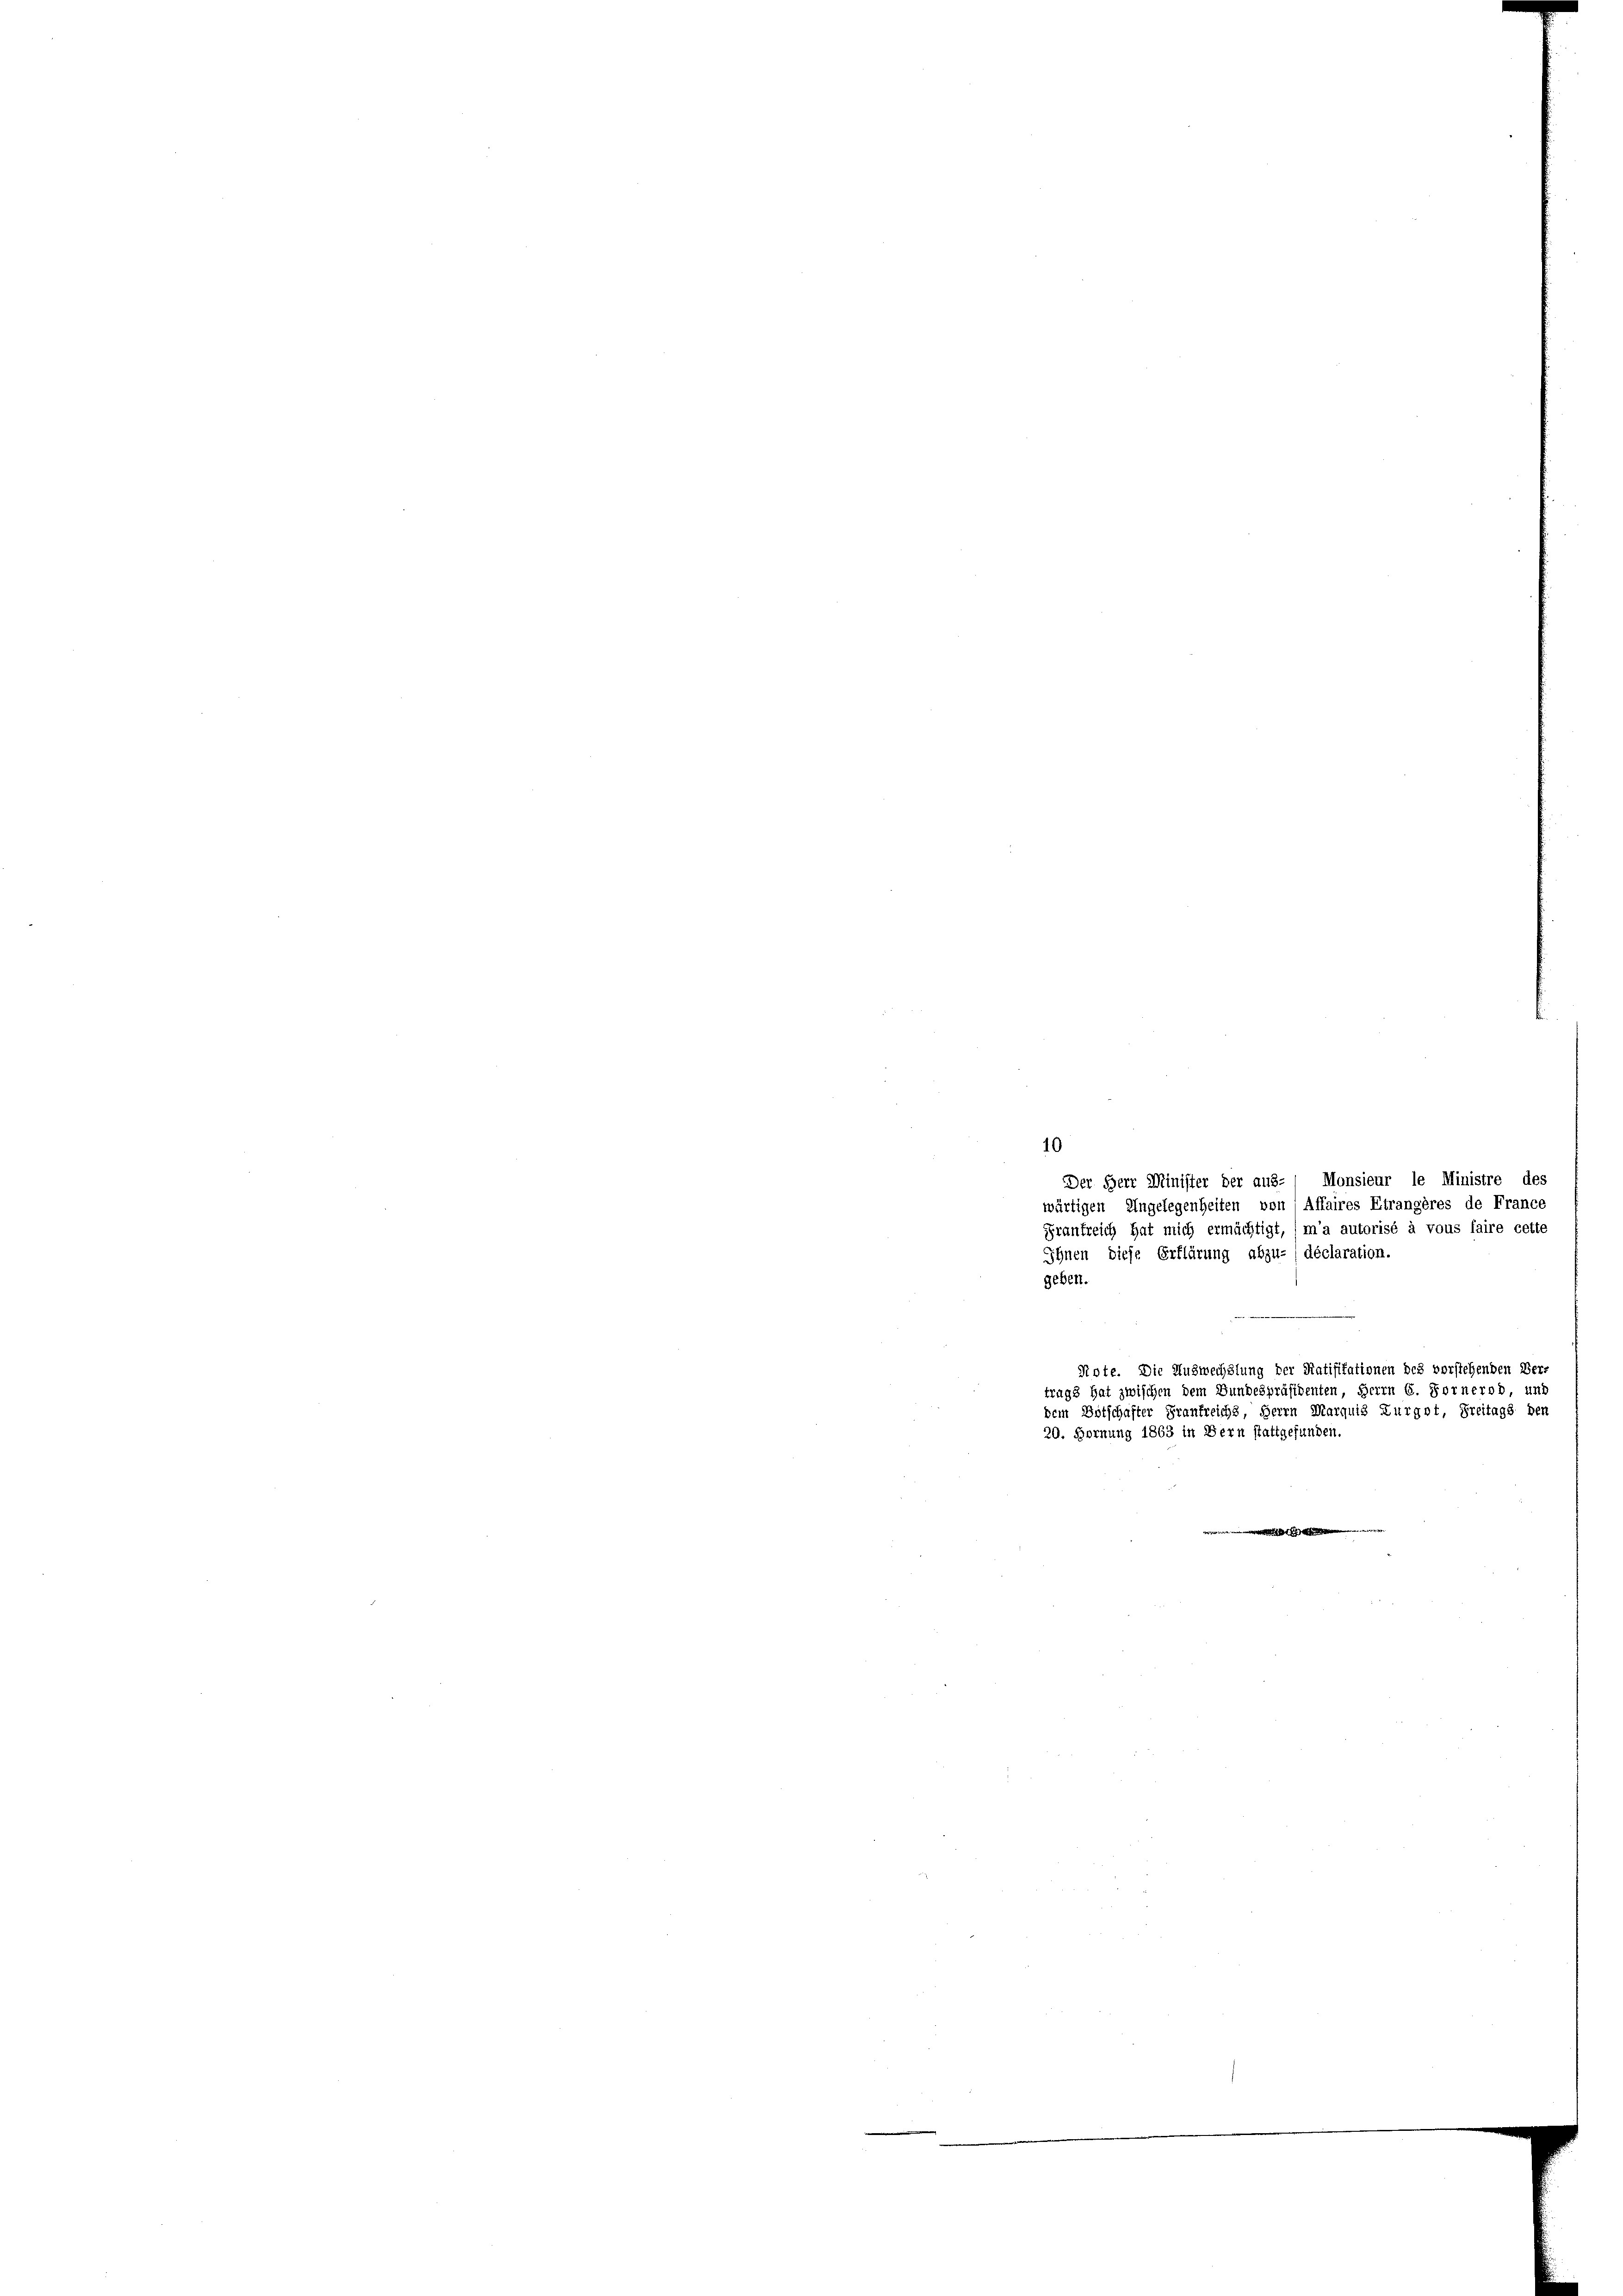
10
Der Herr Minister der aus- Monsieur le Ministre des
wärtigen Angelegenheiten von Affaires Etrangères de France
Frankreich hat mich ermächtigt, , ma autorisé à vous faire cette
(déclaration.
Ihnen diese Erklärung
geben.
Riete. Die Auswechslung der Ratifikationen des vorstehenden Ver-
trags hat zwischen dem Bundespräsidenten, Herrn 6. Fornerod, und
dem Botschafter Frankreichs Herrn Marquis Zurgot, Freitags den
20. Hornung 1863 in Bern stattgefunden.